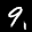
Label: 9